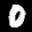
Label: 0